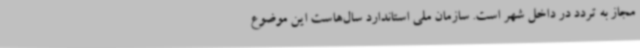
مجاز به تردد در داخل شهر است. سازمان ملی استاندارد سال‌هاست این موضوع